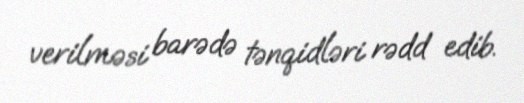
verilməsi barədə tənqidləri rədd edib.